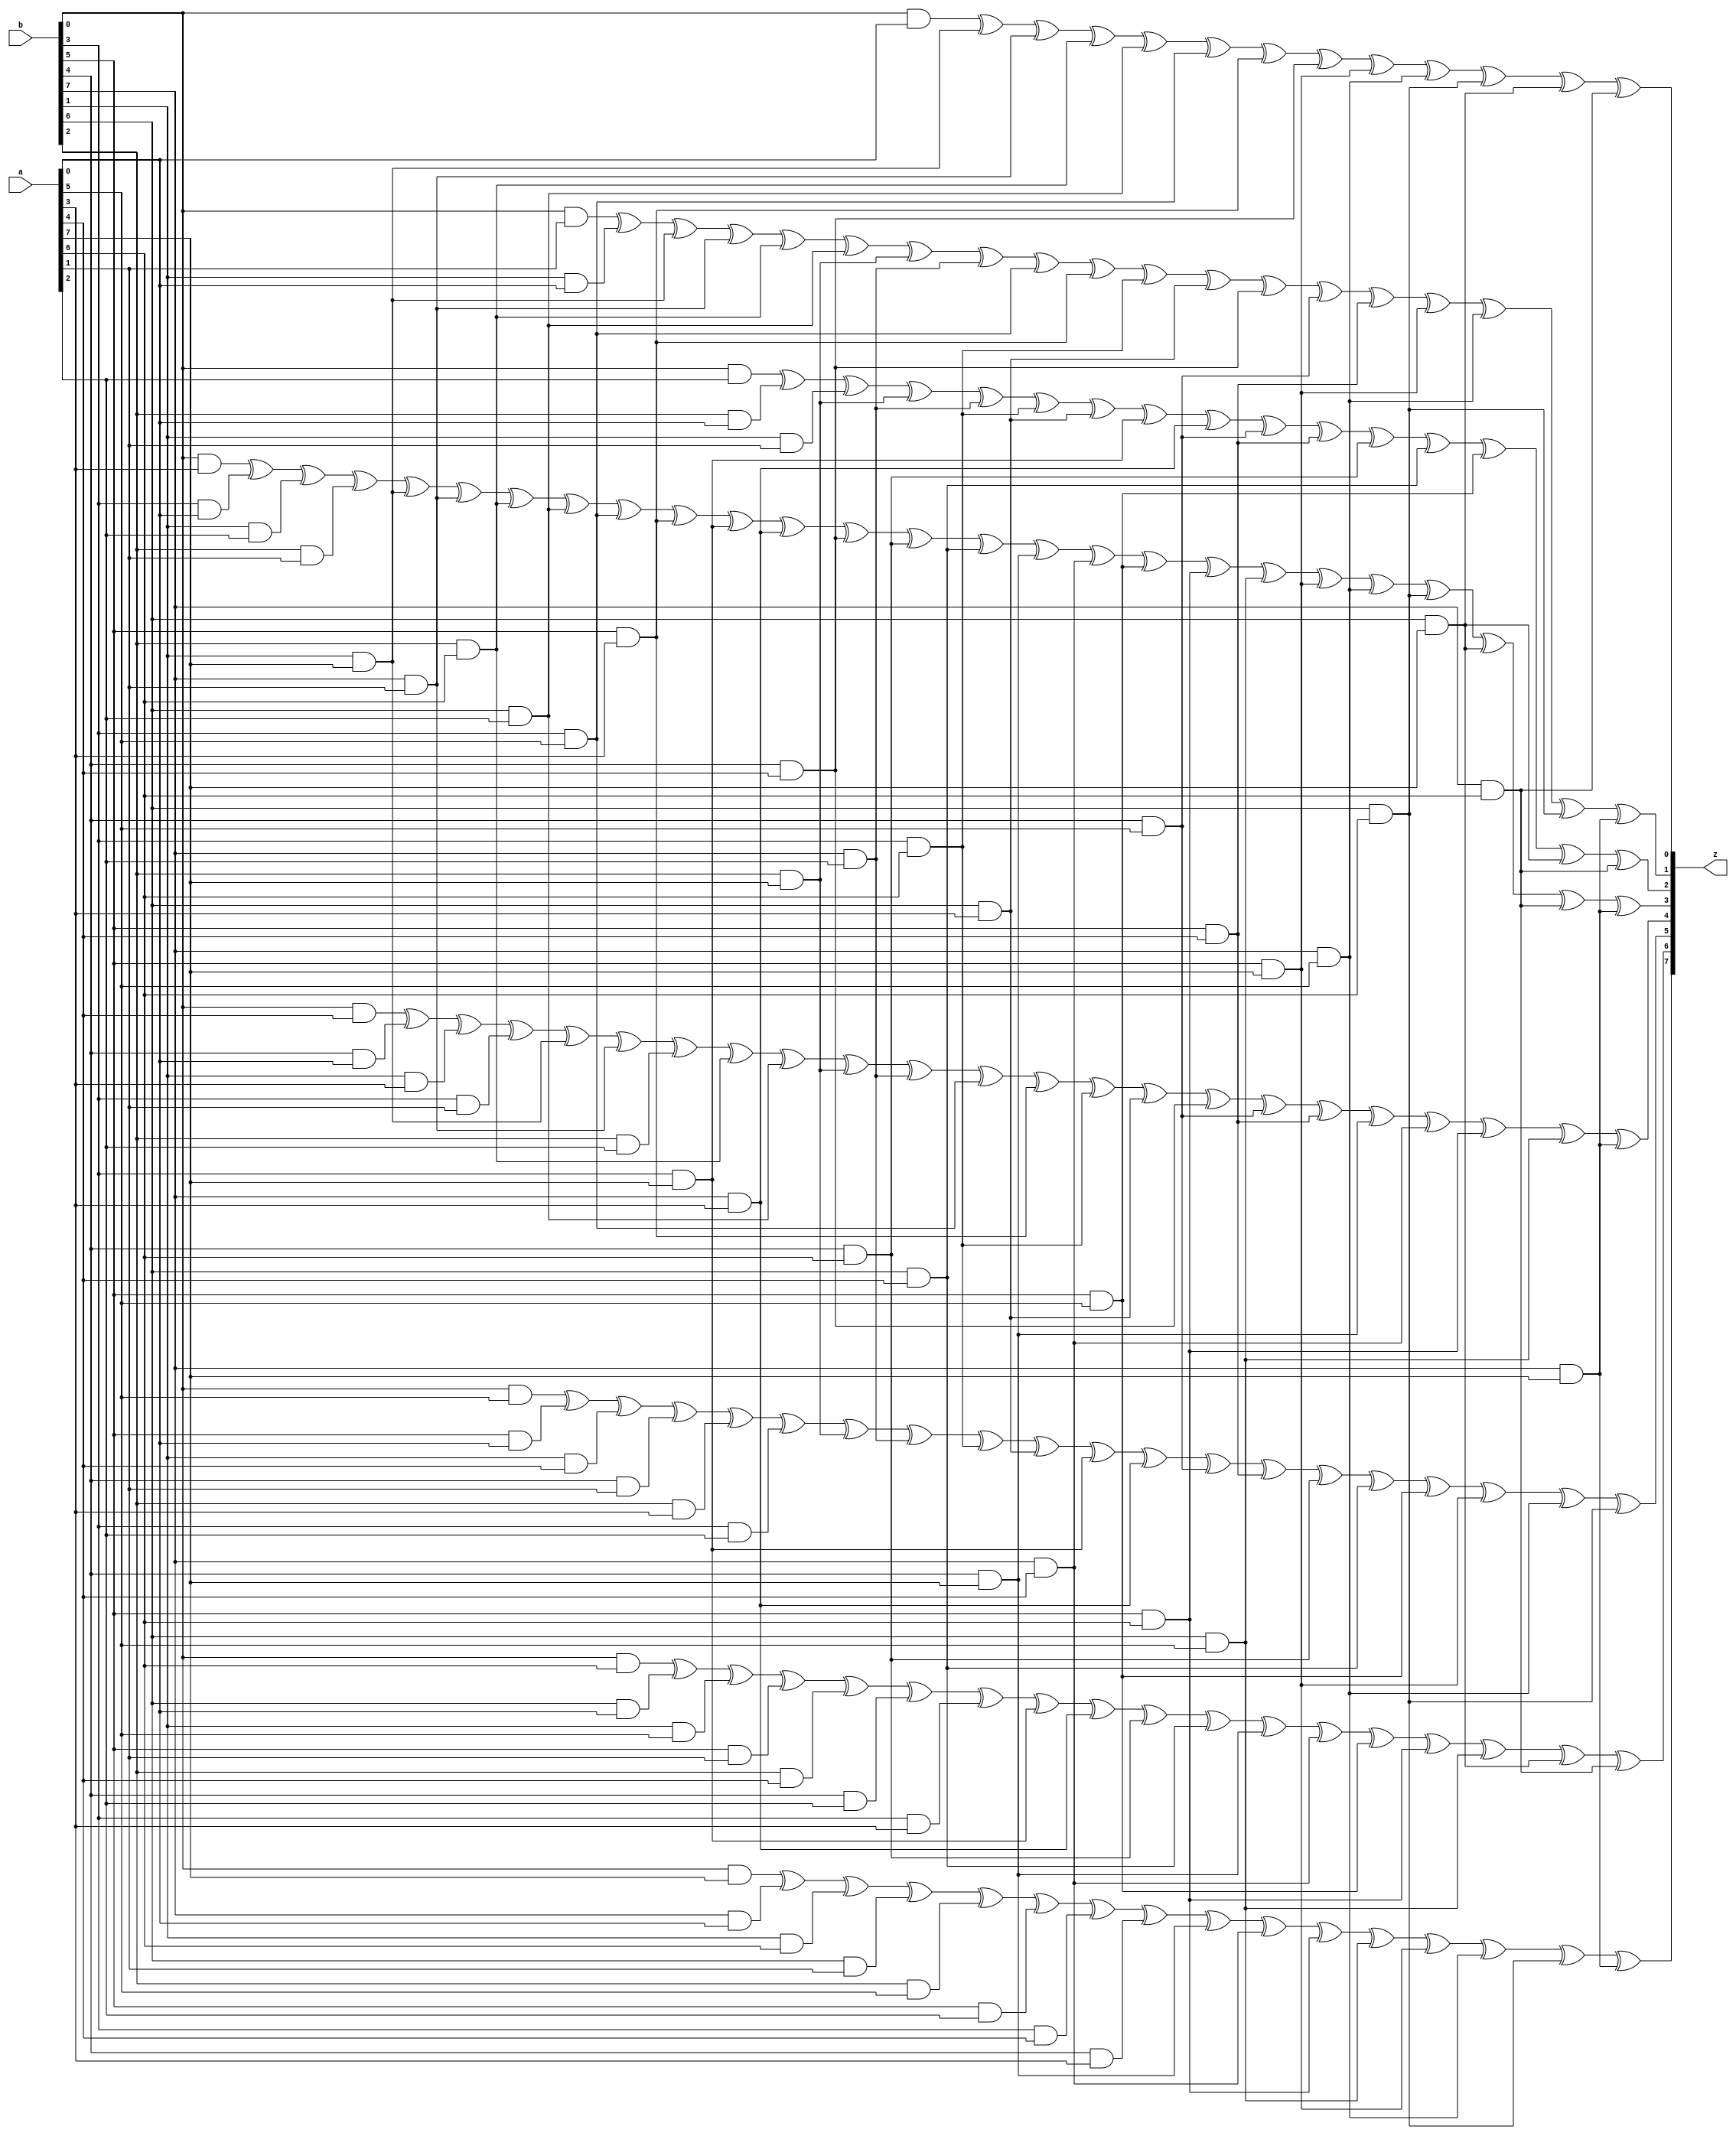
`timescale 1ns / 1ps
//////////////////////////////////////////////////////////////////////////////////
// Company: 
// Engineer: 
// 
// Design Name: 
// Module Name: mul_2_module
// Project Name: 
// Target Devices: 
// Tool Versions: 
// Description: 
// 
// Dependencies: 
// 
// Revision:
// Revision 0.01 - File Created
// Additional Comments:
// 
//////////////////////////////////////////////////////////////////////////////////

module gf256mult(a, b, z);
input [7:0] a;
input [7:0] b;
output [7:0] z;

assign z[0] = b[0]&a[0]^b[1]&a[7]^b[7]&a[1]^b[2]&a[6]^b[6]&a[2]^b[3]&a[5]^b[5]&a[3]^b[4]&a[4]^b[5]&a[7]^b[7]&a[5]^b[6]&a[6]^b[6]&a[7]^b[7]&a[6];

assign z[1] = b[0]&a[1]^b[1]&a[0]^b[1]&a[7]^b[7]&a[1]^b[2]&a[6]^b[6]&a[2]^b[2]&a[7]^b[7]&a[2]^b[3]&a[5]^b[5]&a[3]^b[3]&a[6]^b[6]&a[3]^b[4]&a[4]^b[4]&a[5]^b[5]&a[4]^b[5]&a[7]^b[7]&a[5]^b[6]&a[6]^b[7]&a[7];

assign z[2] = b[0]&a[2]^b[2]&a[0]^b[1]&a[1]^b[2]&a[7]^b[7]&a[2]^b[3]&a[6]^b[6]&a[3]^b[3]&a[7]^b[7]&a[3]^b[4]&a[5]^b[5]&a[4]^b[4]&a[6]^b[6]&a[4]^b[5]&a[5]^b[6]&a[7]^b[7]&a[6];

assign z[3] = b[0]&a[3]^b[3]&a[0]^b[1]&a[2]^b[2]&a[1]^b[1]&a[7]^b[7]&a[1]^b[2]&a[6]^b[6]&a[2]^b[3]&a[5]^b[5]&a[3]^b[3]&a[7]^b[7]&a[3]^b[4]&a[4]^b[4]&a[6]^b[6]&a[4]^b[4]&a[7]^b[7]&a[4]^b[5]&a[5]^b[5]&a[6]^b[6]&a[5]^b[5]&a[7]^b[7]&a[5]^b[6]&a[6]^b[6]&a[7]^b[7]&a[6]^b[7]&a[7];

assign z[4] = b[0]&a[4]^b[4]&a[0]^b[1]&a[3]^b[3]&a[1]^b[1]&a[7]^b[7]&a[1]^b[2]&a[2]^b[2]&a[6]^b[6]&a[2]^b[2]&a[7]^b[7]&a[2]^b[3]&a[5]^b[5]&a[3]^b[3]&a[6]^b[6]&a[3]^b[4]&a[4]^b[4]&a[5]^b[5]&a[4]^b[4]&a[7]^b[7]&a[4]^b[5]&a[6]^b[6]&a[5]^b[7]&a[7];

assign z[5] = b[0]&a[5]^b[5]&a[0]^b[1]&a[4]^b[4]&a[1]^b[2]&a[3]^b[3]&a[2]^b[2]&a[7]^b[7]&a[2]^b[3]&a[6]^b[6]&a[3]^b[3]&a[7]^b[7]&a[3]^b[4]&a[5]^b[5]&a[4]^b[4]&a[6]^b[6]&a[4]^b[5]&a[5]^b[5]&a[7]^b[7]&a[5]^b[6]&a[6];

assign z[6] = b[0]&a[6]^b[6]&a[0]^b[1]&a[5]^b[5]&a[1]^b[2]&a[4]^b[4]&a[2]^b[3]&a[3]^b[3]&a[7]^b[7]&a[3]^b[4]&a[6]^b[6]&a[4]^b[4]&a[7]^b[7]&a[4]^b[5]&a[5]^b[5]&a[6]^b[6]&a[5]^b[6]&a[7]^b[7]&a[6];

assign z[7] = b[0]&a[7]^b[7]&a[0]^b[1]&a[6]^b[6]&a[1]^b[2]&a[5]^b[5]&a[2]^b[3]&a[4]^b[4]&a[3]^b[4]&a[7]^b[7]&a[4]^b[5]&a[6]^b[6]&a[5]^b[5]&a[7]^b[7]&a[5]^b[6]&a[6]^b[7]&a[7];

endmodule